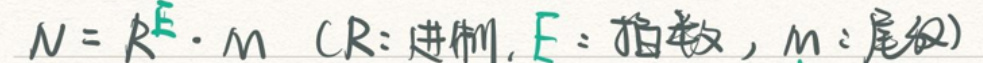
$N = R^E \cdot m \$ (R: 进制, E: 指数, m: 尾数)